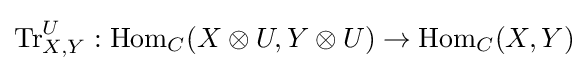
\operatorname {Tr} _{X,Y}^{U}:\operatorname {Hom} _{C}(X\otimes U,Y\otimes U)\to \operatorname {Hom} _{C}(X,Y)